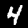
Label: 4